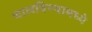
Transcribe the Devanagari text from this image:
चालविण्यामध्ये